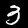
Digit: 3